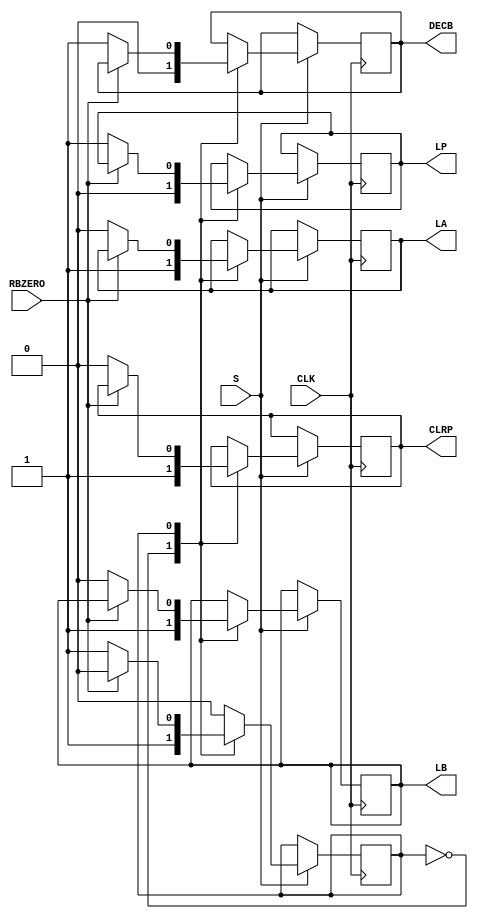
module ControlUnit(LP, LA, LB, DECB, CLRP, S, RBZERO, CLK);
	output reg LP;
	output reg LA;
	output reg LB;
	output reg DECB;
	output reg CLRP;
	input S;
	input RBZERO;
	input CLK;
	reg state;
	
	initial 
		state = 0; 
	
	always @(posedge CLK)
		begin
		if(S == 1)
			begin
				case(state)
				0 : begin
					if (S == 0)
						begin
							state <= 0;
						end
					else 
						begin
							LA <= 1;
							LB <= 1;
							LP <= 0;
							DECB <= 0;
							CLRP <= 1;
							state <= 1;
						end
				end
				
				1 : begin
					if(RBZERO == 1)
						begin
							state <= 0;
						end
					else
						begin
							LA <= 0;
							LB <= 0;
							CLRP <= 0;
							LP <= 1;
							DECB <= 1;
						end
				end
				endcase
			end
		end
endmodule